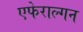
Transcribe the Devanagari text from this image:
एफेराल्गन